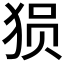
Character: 𰡐